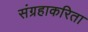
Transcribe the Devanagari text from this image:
संग्रहाकरिता